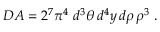
D A = 2 ^ { 7 } \pi ^ { 4 } ~ d ^ { 3 } \theta \, d ^ { 4 } y \, d \rho \, \rho ^ { 3 } ~ .